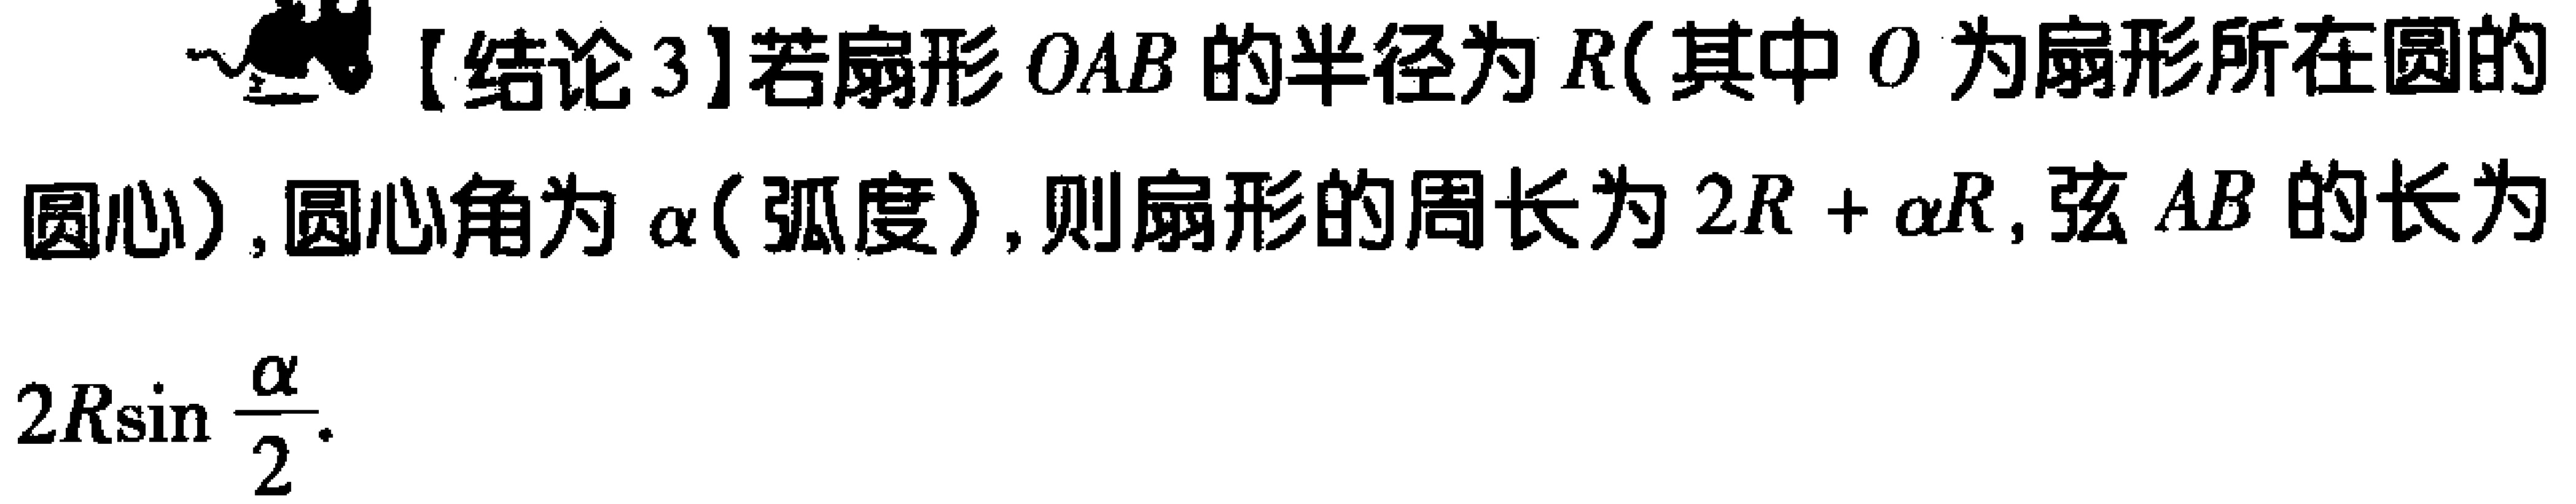
【结论3】若扇形\(OAB\)的半径为\(R\)(其中\(O\)为扇形所在圆的圆心), 圆心角为\(\alpha\)(弧度), 则扇形的周长为\(2R + \alpha R\), 弦\(AB\)的长为\(2R\sin\frac{\alpha}{2}\).